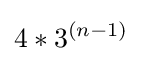
4*3^{(n-1)}